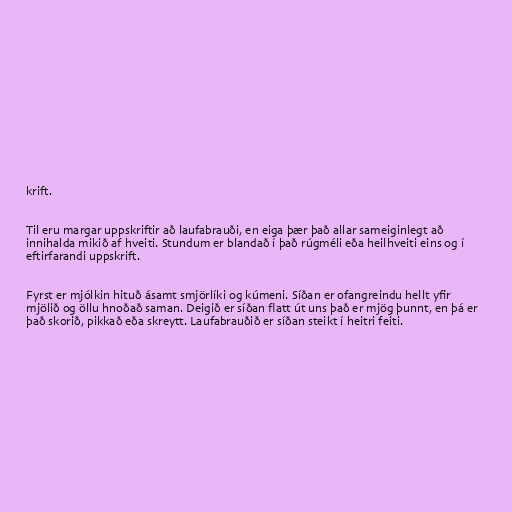
krift.

Til eru margar uppskriftir að laufabrauði, en eiga þær það allar sameiginlegt að
innihalda mikið af hveiti. Stundum er blandað í það rúgméli eða heilhveiti eins og í
eftirfarandi uppskrift.

Fyrst er mjólkin hituð ásamt smjörlíki og kúmeni. Síðan er ofangreindu hellt yfir
mjölið og öllu hnoðað saman. Deigið er síðan flatt út uns það er mjög þunnt, en þá er
það skorið, pikkað eða skreytt. Laufabrauðið er síðan steikt í heitri feiti.